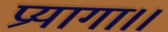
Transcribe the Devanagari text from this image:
प्रयागा।।